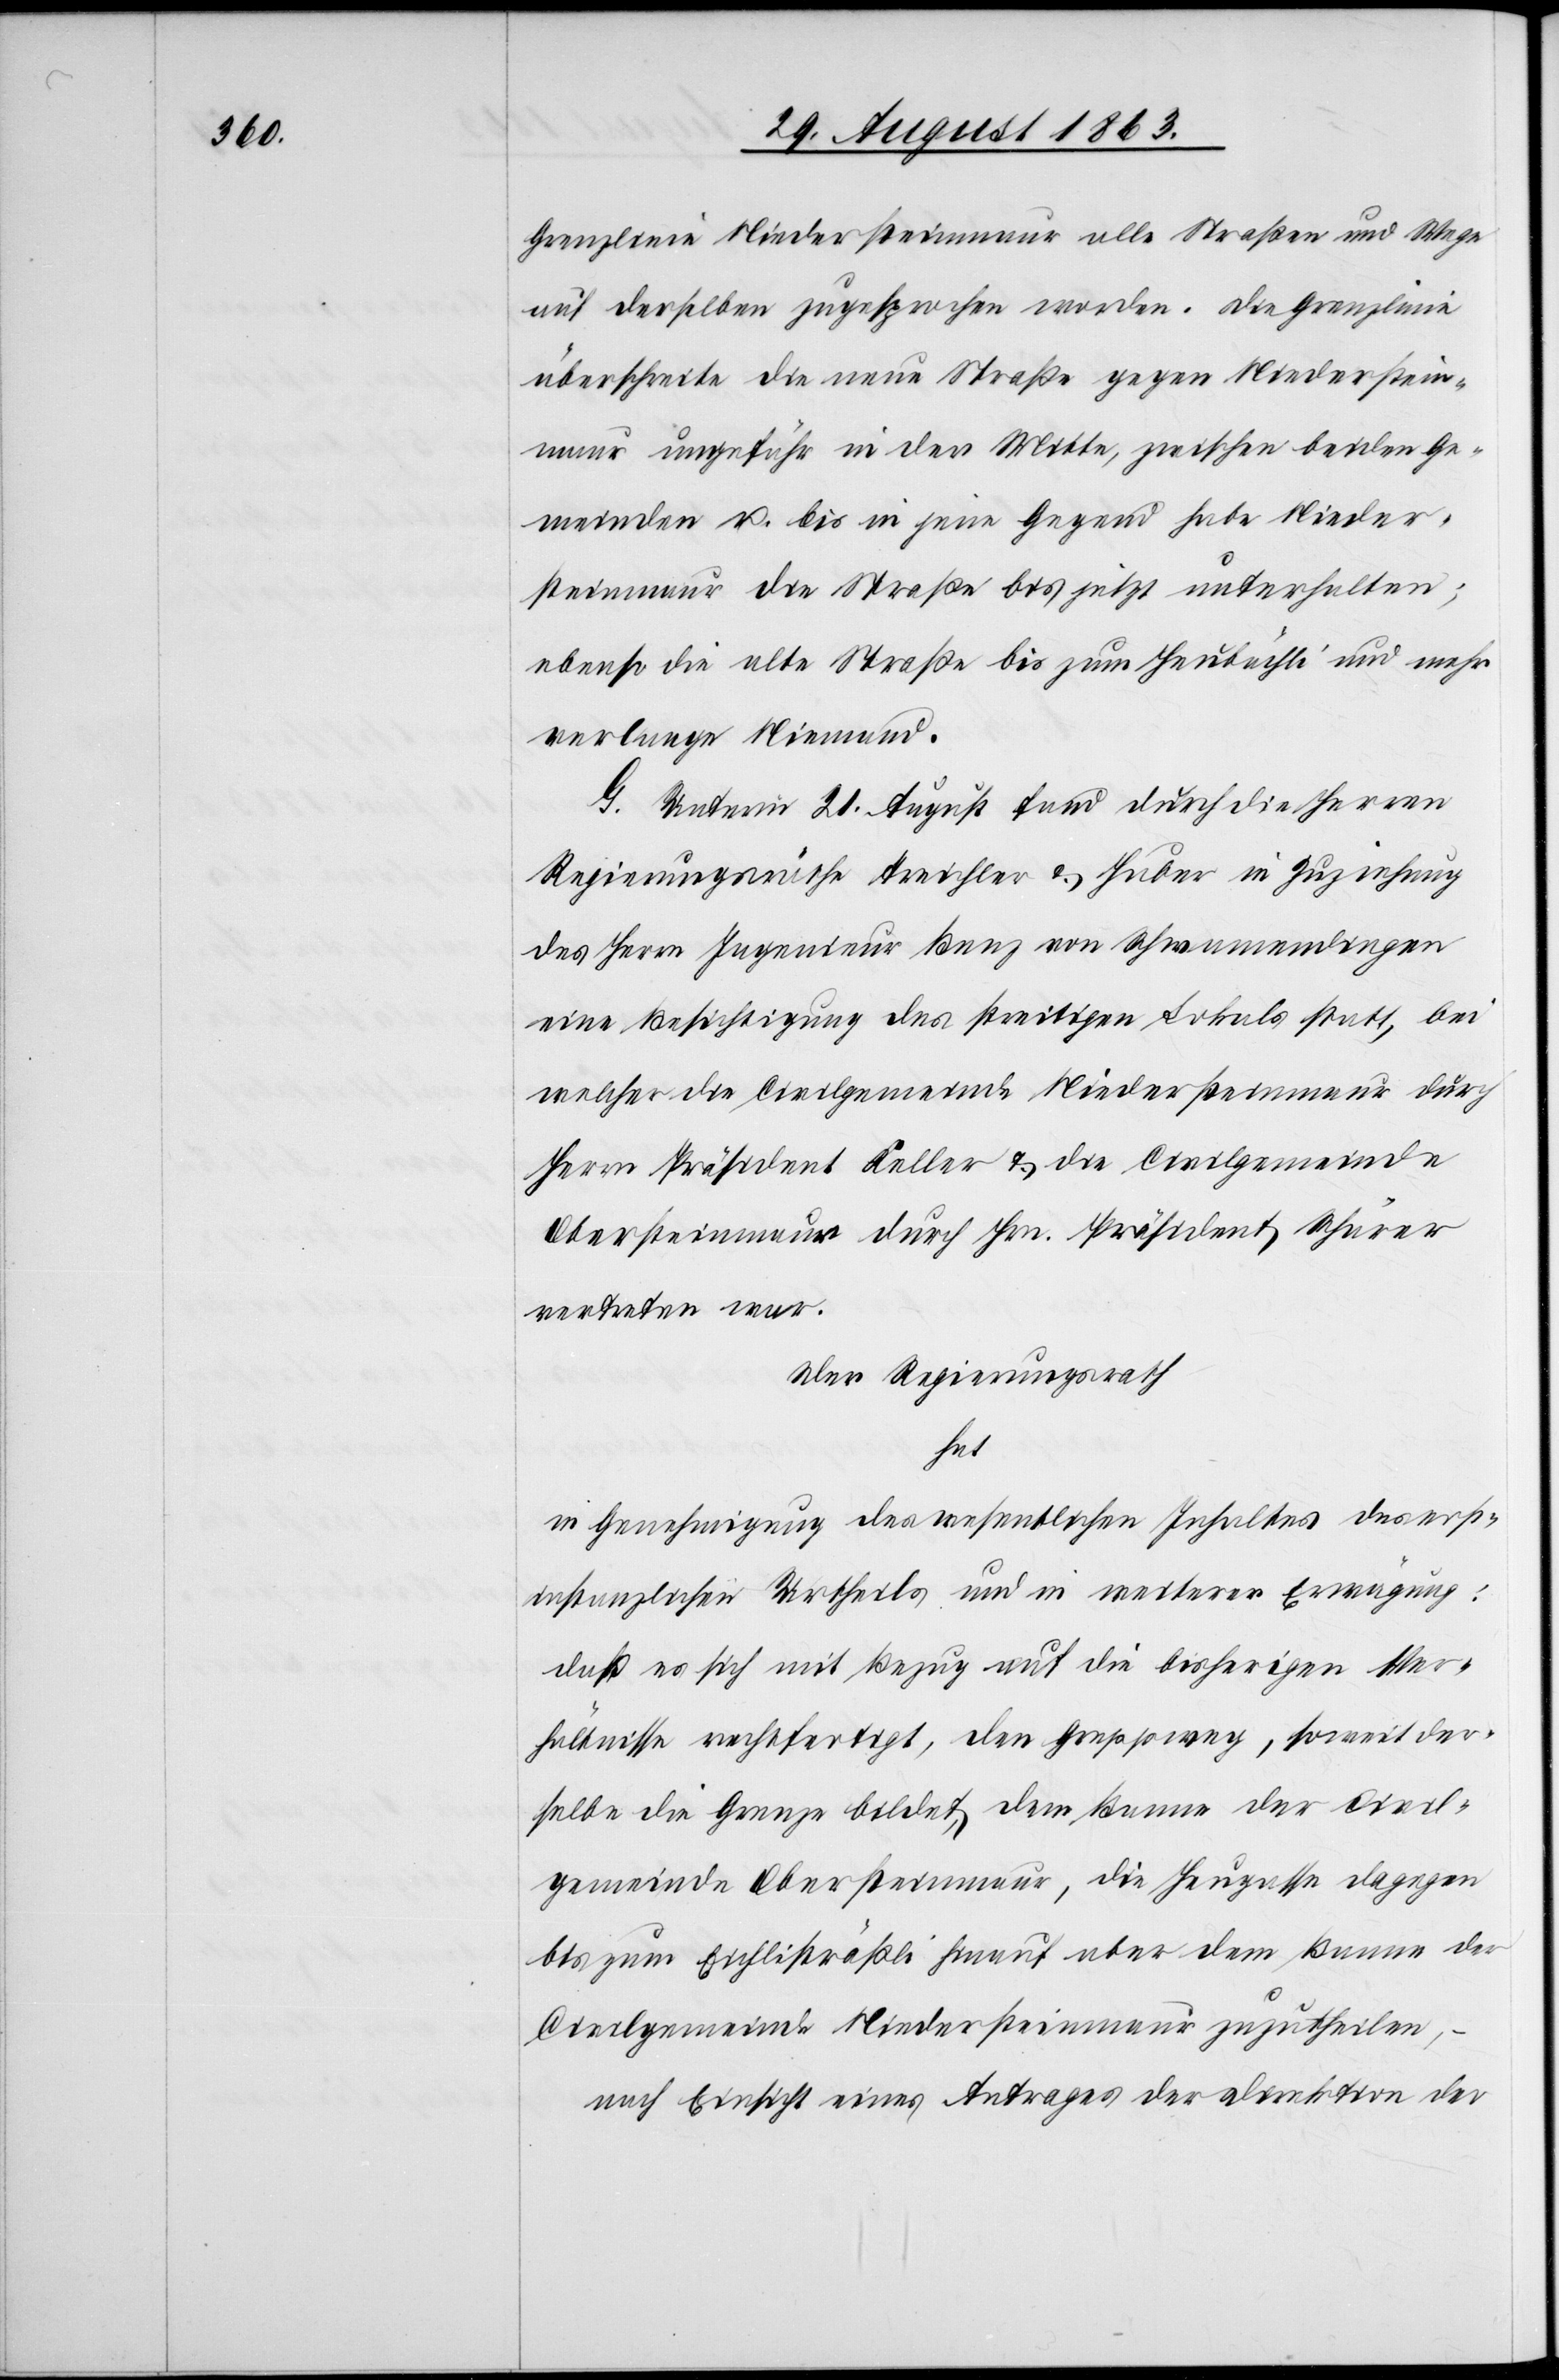
Grenzlinie Niedersteinmaur alle Straßen und Wege
auf derselben zugesprochen worden. Die Grenzlinie
überschreite die neue Straße gegen Niederstein¬
maur ungefähr in der Mitte, zwischen beiden Ge¬
meinden u. bis in jene Gegend habe Nieder¬
steinmaur die Straße bis jetzt unterhalten;
ebenso die alte Straße bis zum Heubächli und mehr
verlange Niemand.
G. Unterm 21. August fand durch die Herren
Regierungsräthe Treichler & Huber in Zuziehung
des Herrn Ingenieur Benz von Schwamendingen
eine Besichtigung des streitigen Lokals statt, bei
welcher die Civilgemeinde Niedersteinmaur durch
Herrn Präsident Keller & die Civilgemeinde
Obersteinmaur durch Hrn. Präsident Schärer
vertreten war.
Der Regierungsrath
hat
in Genehmigung des wesentlichen Inhaltes des ersti¬
nstanzlichen Urtheils und in weiterer Erwägung:
daß es sich mit Bezug auf die bisherigen Ver¬
hältnisse rechtfertigt, den Greppweg, soweit der¬
selbe die Grenze bildet, dem Banne der Civil¬
gemeinde Obersteinmaur, die Heugasse dagegen
bis zum Eichlisträßli hinauf aber dem Banne der
Civilgemeinde Niedersteinmaur zuzutheilen,
nach Einsicht eines Antrages der Direktion der